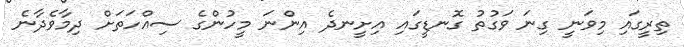
ތިރީގައި މިވަނީ ގިނަ ވަގުތު ގޮނޑީގައި އިށީނދެ އިންނަ މީހުންގެ ސިއްހަތަށް ދިމާވެދާނެ